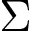
\Sigma